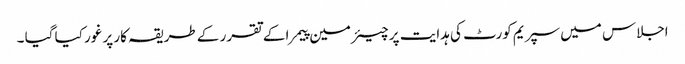
اجلاس میں سپریم کورٹ کی ہدایت پر چیئرمین پیمرا کے تقرر کے طریقہ کار پر غور کیا گیا ۔